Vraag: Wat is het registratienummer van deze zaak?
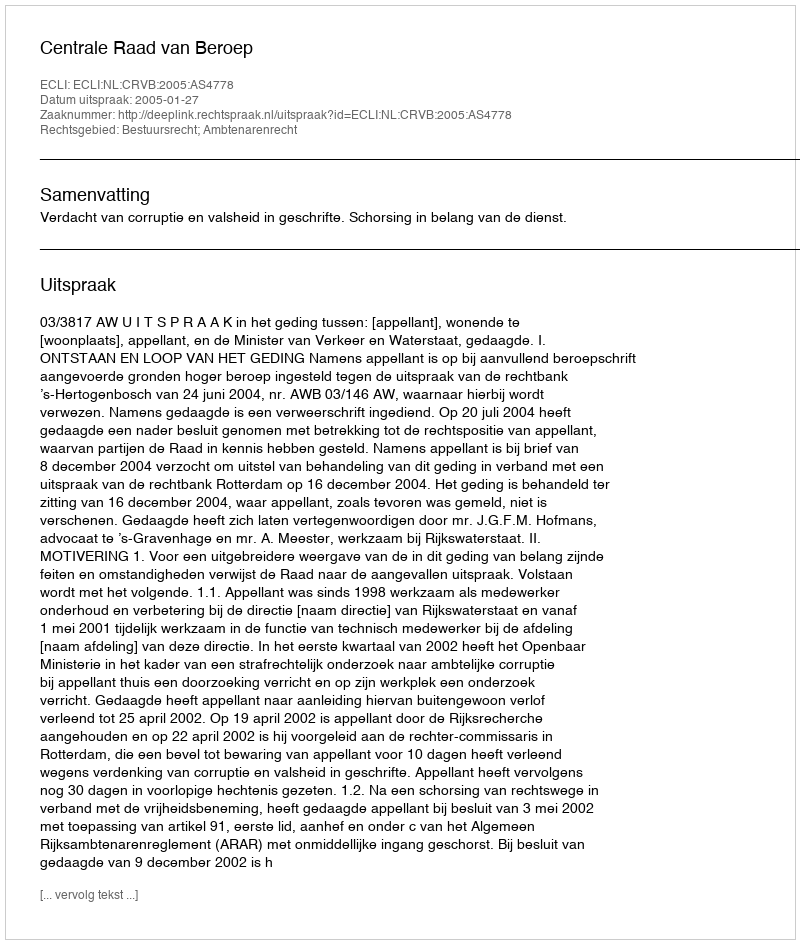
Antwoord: http://deeplink.rechtspraak.nl/uitspraak?id=ECLI:NL:CRVB:2005:AS4778